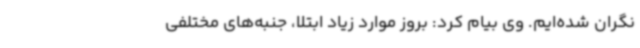
نگران شده‌ایم. وی بیام کرد: بروز موارد زیاد ابتلا، جنبه‌های مختلفی